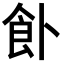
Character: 𩚅